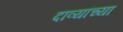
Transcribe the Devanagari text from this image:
दाव्यांच्या